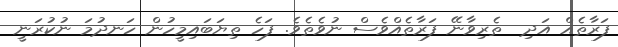
ފަރާތެއް އަދި  ތެރިވާނޭ ފަރާތެއްވެސް ނުވެތެވެ. ފަހެ ތިޔަބައިމީހުން ހަނދުމަ ނުކުރަނީ